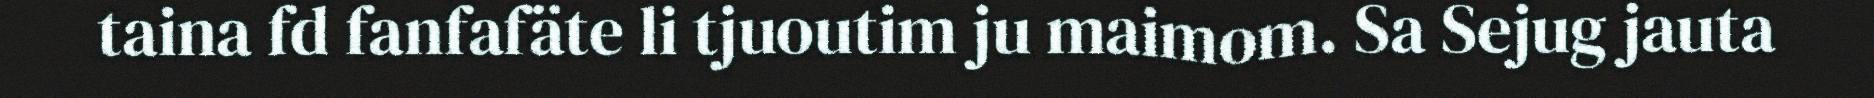
taina fd fanfafäte li tjuoutim ju maimom. Sa Sejug jauta